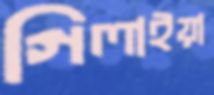
গিলাইয়া